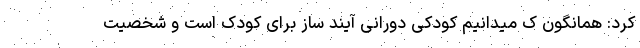
کرد: همانگون ک میدانیم کودکی دورانی آیند ساز برای کودک است و شخصیت